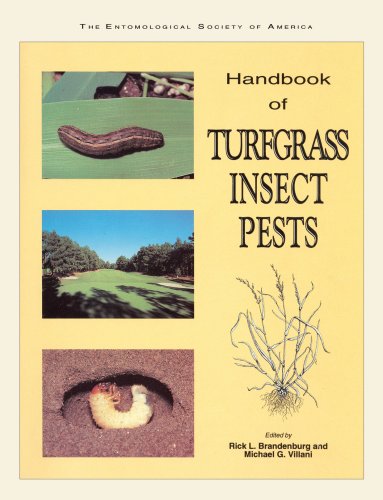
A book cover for Handbook of Turfgrass Insect Pests; Rick L. Brandenburg; Sports & Outdoors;